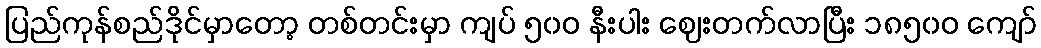
ပြည်ကုန်စည်ဒိုင်မှာတော့ တစ်တင်းမှာ ကျပ် ၅၀ဝ နီးပါး ဈေးတက်လာပြီး ၁၈၅၀ဝ ကျော်